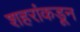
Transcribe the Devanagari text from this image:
शहरांकडून